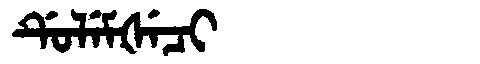
Manchu: ᡩᡠᠯᡝᠮᡧᡝᠴᡳ
Romanization: DULEMŠECI